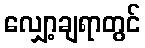
လျှော့ချရာတွင်